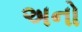
અનો